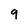
Character: 9